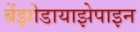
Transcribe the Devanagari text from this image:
बेंझोडायाझेपाइन